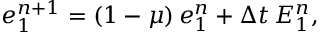
\begin{array} { r } { e _ { 1 } ^ { n + 1 } = \left( 1 - \mu \right) e _ { 1 } ^ { n } + \Delta t \, { E } _ { 1 } ^ { n } , } \end{array}